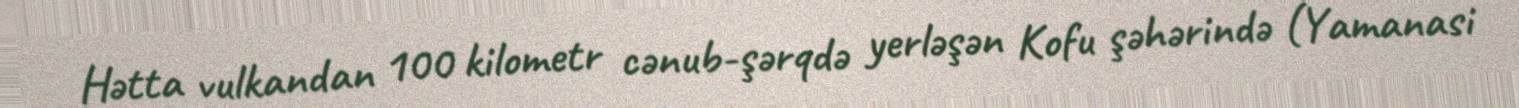
Hətta vulkandan 100 kilometr cənub-şərqdə yerləşən Kofu şəhərində (Yamanasi